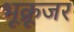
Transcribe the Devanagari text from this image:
भूक्रूजर